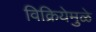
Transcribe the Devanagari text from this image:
विक्रियेमुळे